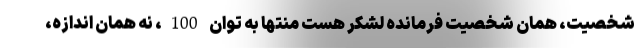
شخصیت، همان شخصیت فرمانده لشکر هست منتها به توان 100، نه همان اندازه،